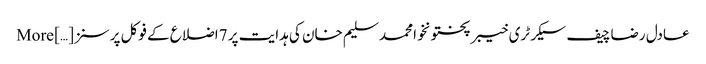
عادل رضا چیف سیکرٹری خیبر پختونخوا محمد سلیم خان کی ہدایت پر 7اضلاع کے فوکل پرسنز […] More